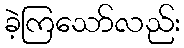
ခဲ့ကြသော်လည်း